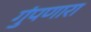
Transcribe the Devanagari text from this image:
गुंपणारा